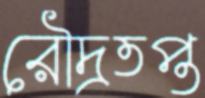
রৌদ্রতপ্ত